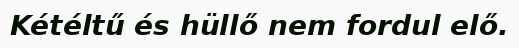
Kétéltű és hüllő nem fordul elő.